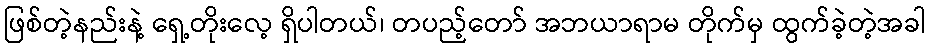
ဖြစ်တဲ့နည်းနဲ့ ရှေ့တိုးလေ့ ရှိပါတယ်၊ တပည့်တော် အဘယာရာမ တိုက်မှ ထွက်ခဲ့တဲ့အခါ